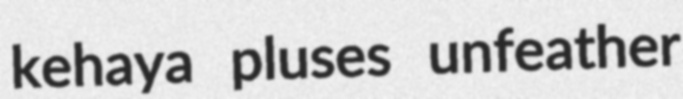
kehaya pluses unfeather